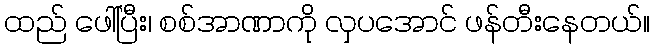
ထည် ဖေါ်ပြီး၊ စစ်အာဏာကို လှပအောင် ဖန်တီးနေတယ်။